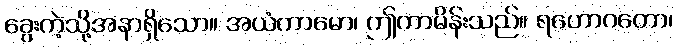
ခွေးကဲ့သို့အနာရှိသော။ အယံကာမော၊ ဤကာမိန်းသည်။ ရဟောဂတော၊